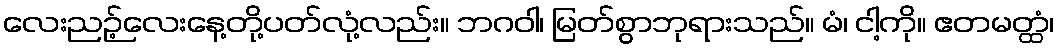
လေးညဉ့်လေးနေ့တို့ပတ်လုံ့လည်း။ ဘဂဝါ၊ မြတ်စွာဘုရားသည်။ မံ၊ ငါ့ကို။ ဧတမတ္ထံ၊